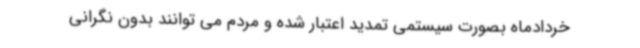
خردادماه بصورت سیستمی تمدید اعتبار شده و مردم می توانند بدون نگرانی